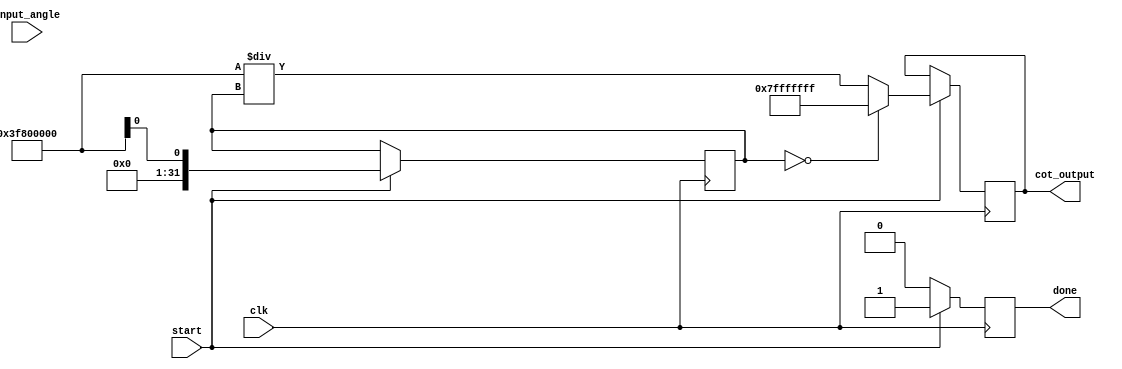
module CotangentArithmeticBlock (
    input  wire [31:0] input_angle, // Input angle in radians (float)
    output reg  [31:0] cot_output,   // Cotangent Output (float)
    input  wire clk,
    input  wire start,
    output reg done
);

    reg [31:0] tan_value;
    reg [31:0] reciprocal;
    reg [31:0] divisor; // to handle division

    // Simple tangent approximation lookup or calculation (for this example, assume it's a simple function)
    function [31:0] tangent;
        input [31:0] angle;
        // Use a simple approximation or lookup. For demo, return a fixed value
        begin
            // Implement your tangent function here, e.g. LUT or Taylor series etc.
            // This is a placeholder; replace with actual tan calculation
            tangent = $realtime; // Placeholder
        end
    endfunction

    // Simple reciprocal calculation
    function [31:0] reciprocal_calculation;
        input [31:0] value;
        begin
            if (value == 0) begin
                reciprocal_calculation = 32'h7FFFFFFF; // Return positive infinity or max value to indicate undefined
            end else begin
                reciprocal_calculation = (32'h3F800000 / value); // Using fixed-point 1.0 / tan(value)
            end
        end
    endfunction

    always @(posedge clk) begin
        if (start) begin
            // Calculate tangent
            tan_value <= tangent(input_angle);
            // Calculate the reciprocal of tangent
            cot_output <= reciprocal_calculation(tan_value);
            done <= 1'b1;
        end else begin
            done <= 1'b0;
        end
    end

endmodule